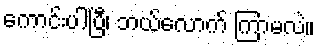
ကောင်းပါပြီ၊ ဘယ်လောက် ကြာမလဲ။